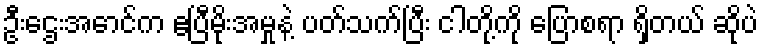
ဦးဌေးအောင်က ဧပြီမိုးအမှုနဲ့ ပတ်သက်ပြီး ငါတို့ကို ပြောစရာ ရှိတယ် ဆိုပဲ